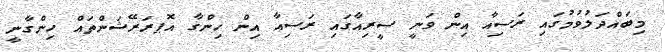
މިބައްދަލުވުމުގައި ރަސިއާ އިން ވަނީ ސީރިއާގައި ރަސިއާ އިން ހިންގާ އޮޕރަރޭޝަންތައް ހިންގާނީ